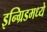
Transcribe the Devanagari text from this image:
इन्ग्रिडमध्ये